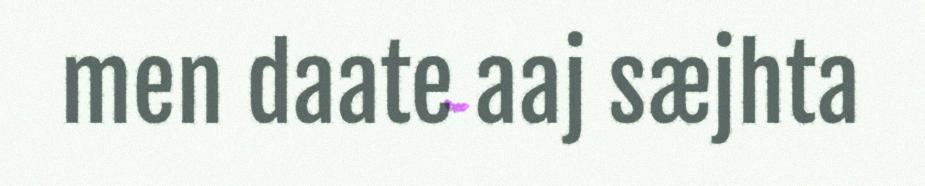
men daate aaj sæjhta